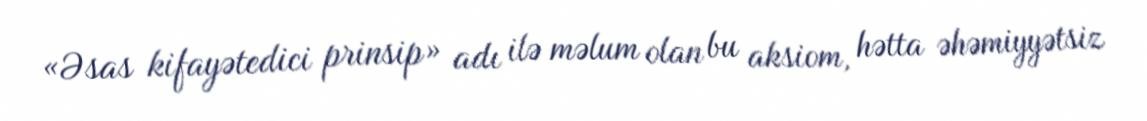
«Əsas kifayətedici prinsip» adı ilə məlum olan bu aksiom, hətta əhəmiyyətsiz